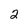
Character: 2